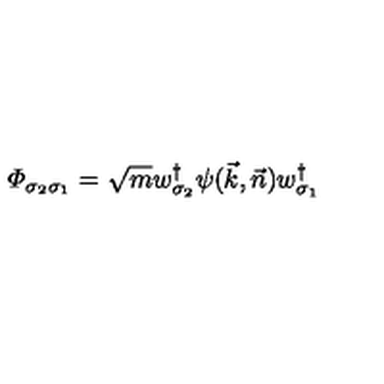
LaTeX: { \mit \Phi } _ { \sigma _ { 2 } \sigma _ { 1 } } = \sqrt { m } w _ { \sigma _ { 2 } } ^ { \dagger } \psi ( \vec { k } , \vec { n } ) w _ { \sigma _ { 1 } } ^ { \dagger }